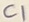
Text: C1